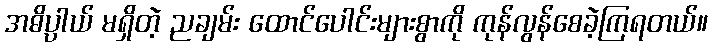
အဓိပ္ပာယ် မရှိတဲ့ ညချမ်း ထောင်ပေါင်းများစွာကို ကုန်လွန်စေခဲ့ကြရတယ်။